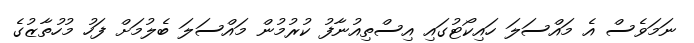
ނަމަވެސް އެ މައްސަލަ ހައިކޯޓުގައި އިސްތިއުނާފު ކުރުމުން މައްސަލަ ބެލުމަށް ފަހު މުހުތާޒުގެ